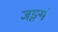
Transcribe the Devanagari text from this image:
जङ्गमं